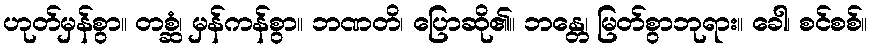
ဟုတ်မှန်စွာ။ တစ္ဆံ၊ မှန်ကန်စွာ။ ဘဏတိ၊ ပြောဆို၏။ ဘန္တေ၊ မြတ်စွာဘုရား။ ခေါ၊ စင်စစ်။